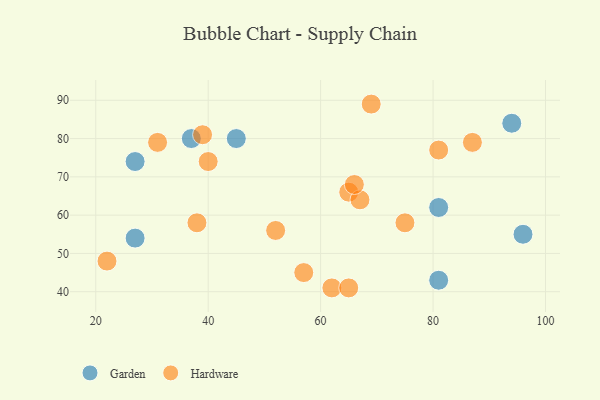
{"axis": {"x": "GDP", "y": "Life Expectancy"}, "legend": ["Garden", "Hardware"], "data": [{"x": "81", "y": 62, "type": "Garden"}, {"x": "45", "y": 80, "type": "Garden"}, {"x": "81", "y": 43, "type": "Garden"}, {"x": "27", "y": 54, "type": "Garden"}, {"x": "96", "y": 55, "type": "Garden"}, {"x": "37", "y": 80, "type": "Garden"}, {"x": "27", "y": 74, "type": "Garden"}, {"x": "94", "y": 84, "type": "Garden"}, {"x": "22", "y": 48, "type": "Hardware"}, {"x": "31", "y": 79, "type": "Hardware"}, {"x": "75", "y": 58, "type": "Hardware"}, {"x": "62", "y": 41, "type": "Hardware"}, {"x": "65", "y": 66, "type": "Hardware"}, {"x": "81", "y": 77, "type": "Hardware"}, {"x": "38", "y": 58, "type": "Hardware"}, {"x": "67", "y": 64, "type": "Hardware"}, {"x": "52", "y": 56, "type": "Hardware"}, {"x": "39", "y": 81, "type": "Hardware"}, {"x": "69", "y": 89, "type": "Hardware"}, {"x": "87", "y": 79, "type": "Hardware"}, {"x": "66", "y": 68, "type": "Hardware"}, {"x": "65", "y": 41, "type": "Hardware"}, {"x": "40", "y": 74, "type": "Hardware"}, {"x": "57", "y": 45, "type": "Hardware"}]}